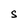
Character: S